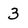
Character: 3